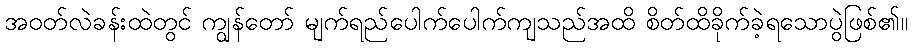
အဝတ်လဲခန်းထဲတွင် ကျွန်တော် မျက်ရည်ပေါက်ပေါက်ကျသည်အထိ စိတ်ထိခိုက်ခဲ့ရသောပွဲဖြစ်၏။